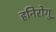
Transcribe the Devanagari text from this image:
हनिरोगु